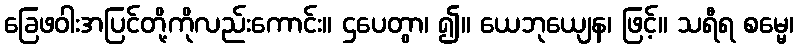
ခြေဖဝါးအပြင်တို့ကိုလည်းကောင်း။ ဌပေတွာ၊ ၍။ ယေဘုယျေန၊ ဖြင့်။ သရီရ စမ္မေ၊